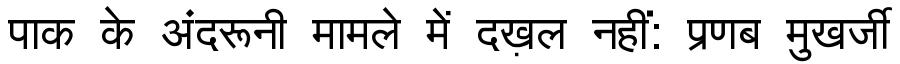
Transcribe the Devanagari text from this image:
पाक के अंदरूनी मामले में दख़ल नहीं: प्रणब मुखर्जी